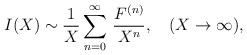
LaTeX: \begin{align*}I(X)\sim\frac{1}{X}\sum_{n=0}^{\infty}\,\frac{F^{(n)}}{X^n}, \quad(X\to\infty),\end{align*}